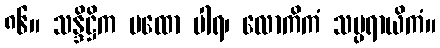
၈၆။ သန္ဒိဋ္ဌိက မထော ပါရ၊ လောကိကံ သမ္ပရာယိကံ။